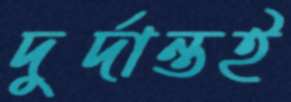
দুর্দান্তই